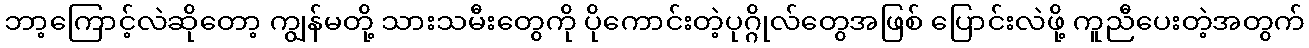
ဘာ့ကြောင့်လဲဆိုတော့ ကျွန်မတို့ သားသမီးတွေကို ပိုကောင်းတဲ့ပုဂ္ဂိုလ်တွေအဖြစ် ပြောင်းလဲဖို့ ကူညီပေးတဲ့အတွက်